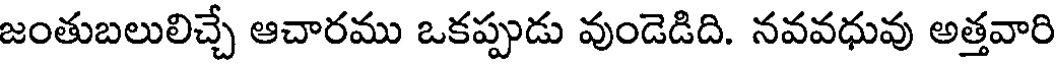
జంతుబలులిచ్చే ఆచారము ఒకప్పుడు వుండెడిది. నవవధువు అత్తవారి